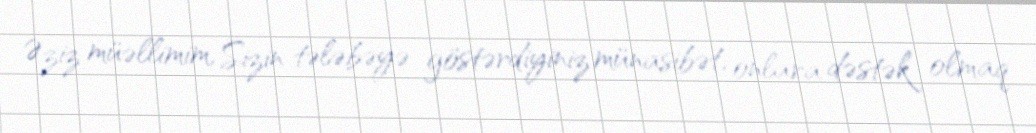
Əziz müəllimim, Sizin tələbəyə göstərdiyiniz münasibət, onlara dəstək olmaq